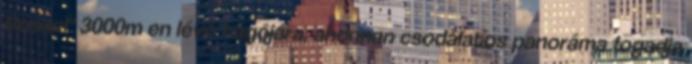
Rosael" 3000m en lévő hágójára, ahonnan csodálatos panoráma fogadja